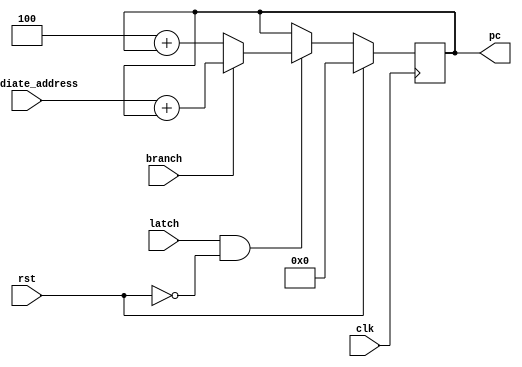
`timescale 1ns / 1ps

module program_counter 
#(
    // Size of the counter in bits presumably the memory will have to address 2^32 locations
    parameter pc_size = 32,
    parameter addr_size = 32,
    // The increment on regular instruction (should be 4 for RISCV)
    parameter pc_incr = 4
)
(
    input clk,
    input [addr_size-1:0] immediate_address,
    input branch,
    input latch,
    input rst,
    output [addr_size-1:0] pc
);
    
reg [pc_size-1:0] saved_pc;
reg [pc_size-1:0] current_pc;

assign pc = saved_pc;

always @(posedge clk) begin
    if ((latch) && !rst) begin //  || branch
        saved_pc <= current_pc;
    end
    if (rst) begin
        saved_pc <= 0;
    end
end

always @(*) begin
    if (!rst)
    begin
        if (branch)
        begin
            current_pc <= immediate_address + saved_pc;
        end
        else begin
            current_pc <= pc_incr + saved_pc;
        end
    end
    else
    begin
        current_pc <= 0;
    end
end

endmodule